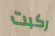
ركبت